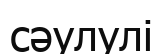
сәулулі